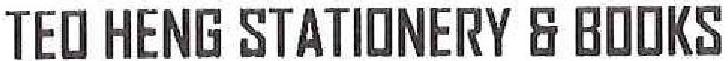
TEO HENG STATIONERY & BOOKS